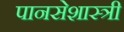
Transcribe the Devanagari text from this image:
पानसेशास्त्री